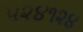
૫૨૪૧૨૪